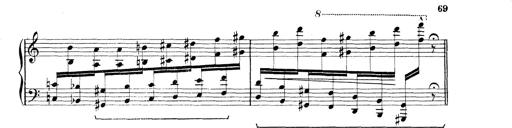
Title: Rapsodie: 19 ungheresi, 1 spagnuola
Composer: Franz Liszt